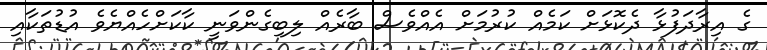
ގެ އިރާދަފުޅާ ދެކޮޅަށް ކަމެއް ކުރުމަށް އެއްވެސް ބާރެއް ލިބިގެންވަނީ ކާކަށްހެއްޔެވެ އުޑުތަކާއި